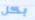
بكل